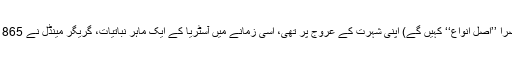
جس وقت ڈاروِن کی مذکورہ بالا کتاب (جسے اب ہم مختصراً ’’اصلِ انواع‘‘ کہیں گے) اپنی شہرت کے عروج پر تھی، اسی زمانے میں آسٹریا کے ایک ماہر نباتیات، گریگر مینڈل نے 1865ء میں توارث (Inheritance) کے قوانین دریافت کئے۔